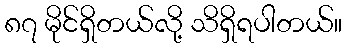
၈၇ မိုင်ရှိတယ်လို့ သိရှိရပါတယ်။